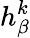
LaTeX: h_{\beta}^{k}